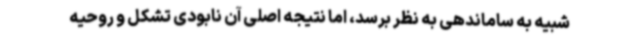
شبیه به ساماندهی به نظر برسد، اما نتیجه اصلی آن نابودی تشکل و روحیه